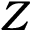
\boldsymbol { Z }